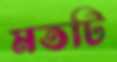
মতটি